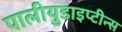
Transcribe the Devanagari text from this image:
पालीयुडाइप्टीन्स